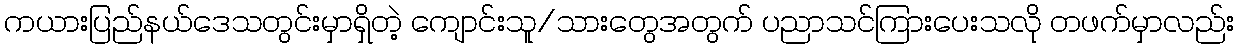
ကယားပြည်နယ်ဒေသတွင်းမှာရှိတဲ့ ကျောင်းသူ/သားတွေအတွက် ပညာသင်ကြားပေးသလို တဖက်မှာလည်း